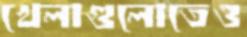
খেলাগুলোতেও